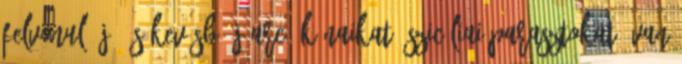
felvonuló jó és kevésbé jóarcú kínaikat, szicíliai parasztokat. Van